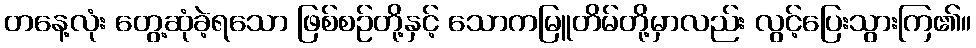
တနေ့လုံး တွေ့ဆုံခဲ့ရသော ဖြစ်စဉ်တို့နှင့် သောကမြူတိမ်တို့မှာလည်း လွင့်ပြေးသွားကြ၏။